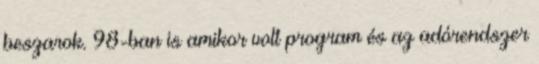
beszarok. 98-ban is amikor volt program és az adórendszer